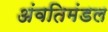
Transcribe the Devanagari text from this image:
अंवतिमंडल